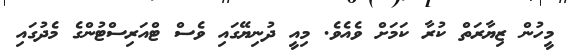
މީހުން ޒިޔާރަތް ކުރާ ކަމަށް ވެއެވެ. މިއީ ދުނިޔޭގައި ވެސް ޓްއަރިސްޓުންގެ މެދުގައި